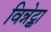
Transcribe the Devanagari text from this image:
विन्नेट्का